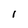
Character: l